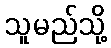
သူမည်သို့